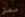
مصل